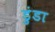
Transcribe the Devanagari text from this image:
डुंडा